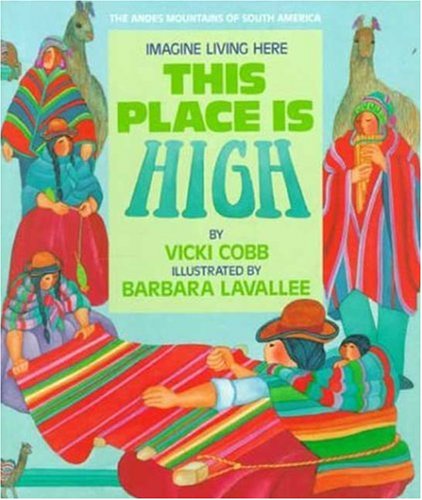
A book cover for This Place Is High: The Andes Mountains of South America (Imagine Living Here); Vicki Cobb; Children's Books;